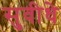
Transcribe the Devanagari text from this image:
सुवीधे